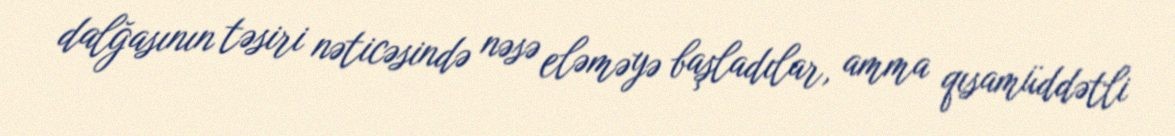
dalğasının təsiri nəticəsində nəsə eləməyə başladılar, amma qısamüddətli